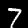
Label: 7